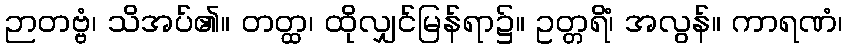
ဉာတဗ္ဗံ၊ သိအပ်၏။ တတ္ထ၊ ထိုလျှင်မြန်ရာ၌။ ဥတ္တရိံ၊ အလွန်။ ကာရဏံ၊